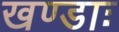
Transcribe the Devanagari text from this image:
खण्डाः